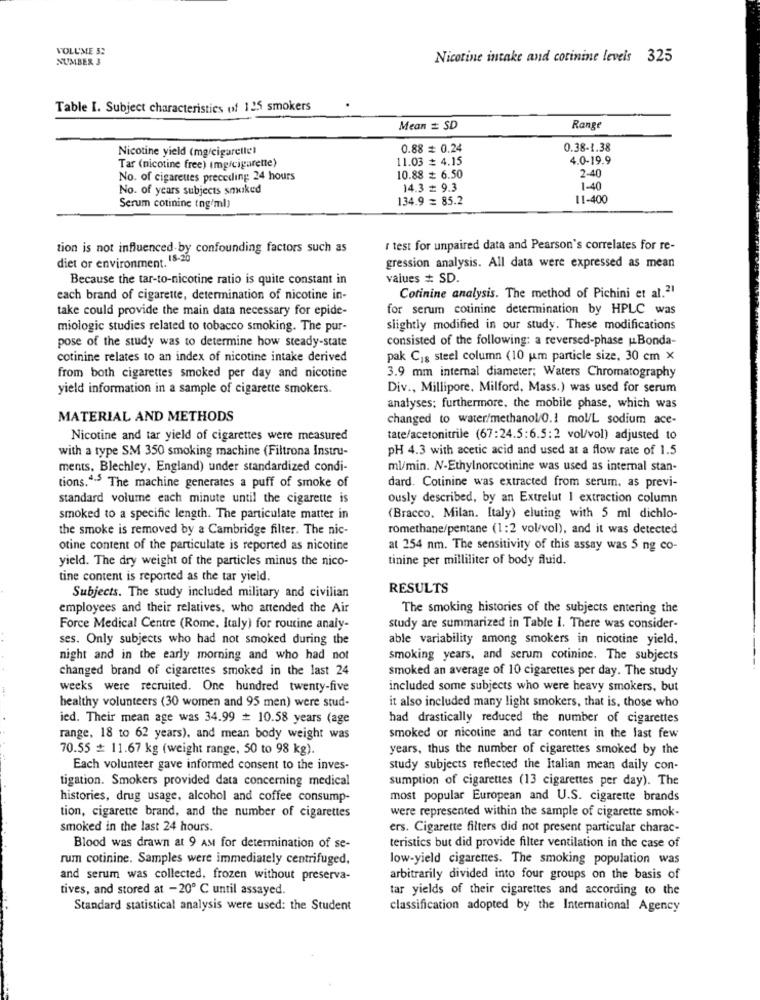
VOLUME 5:
NUMBER 3
Nicotine intake and corinine levels 325
Table I. Subject characteristics of 125 smokers
Mean # SD
Range
Nicotine yield (mg/cigarellel
0.88 = 0.24
0.38-1.38
11.03 = 4.15
4.0-19.9
Tar (nicotine free) (mgrcigarette)
2-40
No. of cigarettes preceding 24 hours
10.88 # 6.50
No. of years subjects smoked
14.3 = 9.3
1-40
134.9 = 85.2
11-400
Serum cotinine tng/ml)
tion is not influenced by confounding factors such as
I test for unpaired data and Pearson's correlates for re-
diet or environment. 18-20
gression analysis. All data were expressed as mean
Because the tar-to-nicotine ratio is quite constant in
values # SD.
each brand of cigarette, determination of nicotine in-
Cotinine analysis. The method of Pichini et al.21
take could provide the main data necessary for epide-
for serum cotinine determination by HPLC was
miologic studies related to tobacco smoking. The pur-
slightly modified in our study. These modifications
pose of the study was to determine how steady-state
consisted of the following: a reversed-phase |Bonda-
cotinine relates to an index of nicotine intake derived
pak Cis steel column (10 um particle size, 30 cm x
from both cigarettes smoked per day and nicotine
3.9 mm internal diameter; Waters Chromatography
yield information in a sample of cigarette smokers.
Div ., Millipore, Milford, Mass.) was used for serum
analyses; furthermore, the mobile phase, which was
MATERIAL AND METHODS
changed to water/methanol/0.1 mol/L sodium ace-
Nicotine and tar yield of cigarettes were measured
tate/acetonitrile (67:24.5:6.5:2 vol/vol) adjusted to
with a type SM 350 smoking machine (Filtrona Instru-
pH 4.3 with acetic acid and used at a flow rate of 1.5
ments, Blechley, England) under standardized condi-
ml/min. N-Ethylnorcotinine was used as internal stan-
tions.4-> The machine generates a puff of smoke of
dard. Cotinine was extracted from serum, as previ-
standard volume each minute until the cigarette is
ously described, by an Extrelut 1 extraction column
smoked to a specific length. The particulate matter in
(Bracco. Milan, Italy) eluting with 5 ml dichlo-
the smoke is removed by a Cambridge filter. The nic-
romethane/pentane (1:2 vol/vol), and it was detected
otine content of the particulate is reported as nicotine
at 254 nm. The sensitivity of this assay was 5 ng co-
yield. The dry weight of the particles minus the nico-
tinine per milliliter of body fluid.
tine content is reported as the tar yield.
RESULTS
Subjects. The study included military and civilian
employees and their relatives, who attended the Air
The smoking histories of the subjects entering the
Force Medical Centre (Rome, Italy) for routine analy-
study are summarized in Table i. There was consider-
ses. Only subjects who had not smoked during the
able variability among smokers in nicotine yield.
night and in the early morning and who had not
smoking years, and serum cotinine. The subjects
changed brand of cigarettes smoked in the last 24
smoked an average of 10 cigarettes per day. The study
weeks were recruited. One hundred twenty-five
included some subjects who were heavy smokers, but
healthy volunteers (30 women and 95 men) were stud-
it also included many light smokers, that is, those who
ied. Their mean age was 34.99 + 10.58 years (age
had drastically reduced the number of cigarettes
range, 18 to 62 years), and mean body weight was
smoked or nicotine and tar content in the last few
70.55 + 11.67 kg (weight range, 50 to 98 kg).
years, thus the number of cigarettes smoked by the
Each volunteer gave informed consent to the inves-
study subjects reflected the Italian mean daily con-
tigation. Smokers provided data concerning medical
sumption of cigarettes (13 cigarettes per day). The
histories, drug usage, alcohol and coffee consump-
most popular European and U.S. cigarette brands
tion, cigarette brand, and the number of cigarettes
were represented within the sample of cigarette smok-
smoked in the last 24 hours.
ers. Cigarette filters did not present particular charac-
Blood was drawn at 9 AM for determination of se-
teristics but did provide filter ventilation in the case of
rum cotinine. Samples were immediately centrifuged,
low-yield cigarettes. The smoking population was
and serum was collected, frozen without preserva-
arbitrarily divided into four groups on the basis of
tives, and stored at -20 ℃ until assayed.
tar yields of their cigarettes and according to the
Standard statistical analysis were used: the Student
classification adopted by the International Agency